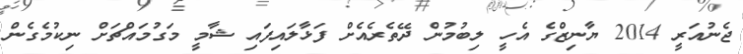
ޖެނުއަރީ 2014 ޔާނިޒްގެ އެހީ ލިބުމުން ދޭތެރެއެށް ފަޅާލައިފައި ޝާމީ މަގުމައްޗަށް ނިކުމެގެން